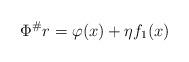
LaTeX: \begin{align*}\Phi^\# r = \varphi(x) + \eta f_1(x)\end{align*}